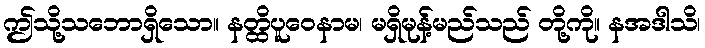
ဤသို့သဘောရှိသော။ နတ္ထိပူဝေနာမ၊ မရှိမုန့်မည်သည် တို့ကို။ နအဒါသိ၊